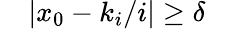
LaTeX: \quad|x_{0}-k_{i}/i|\geq\delta\quad